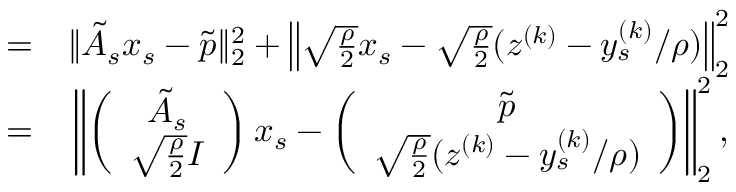
\begin{array} { r l } { = } & { { } \| \tilde { A } _ { s } x _ { s } - \tilde { p } \| _ { 2 } ^ { 2 } + \left\| \sqrt { \frac { \rho } { 2 } } x _ { s } - \sqrt { \frac { \rho } { 2 } } ( z ^ { ( k ) } - y _ { s } ^ { ( k ) } / \rho ) \right\| _ { 2 } ^ { 2 } } \\ { = } & { { } \left\| \left( \begin{array} { c } { \tilde { A } _ { s } } \\ { \sqrt { \frac { \rho } { 2 } } I } \end{array} \right) x _ { s } - \left( \begin{array} { c } { \tilde { p } } \\ { \sqrt { \frac { \rho } { 2 } } ( z ^ { ( k ) } - y _ { s } ^ { ( k ) } / \rho ) } \end{array} \right) \right\| _ { 2 } ^ { 2 } , } \end{array}